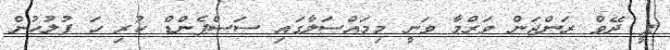
ޕީ ދޭވް ރަންޖަން ވަރްމާ ވަނީ މިމައްސަލާގައި ސަސްޕެންޑް ކުރި ހަ ފުލުހުން